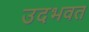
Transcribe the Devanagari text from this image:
उदभवत